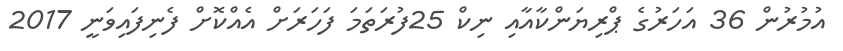
އުމުރުން 36 އަހަރުގެ ޕްރިޔަންކާއާއި ނިކް 25ފުރަތަމަ ފަހަރަށް އެއްކޮށް ފެނިފައިވަނީ 2017